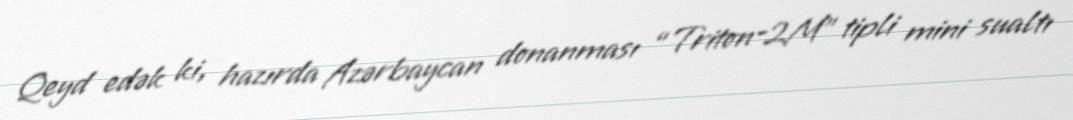
Qeyd edək ki, hazırda Azərbaycan donanması “Triton-2M” tipli mini sualtı